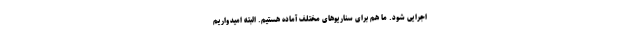
اجرایی شود. ما هم برای سناریوهای مختلف آماده هستیم. البته امیدواریم